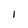
Character: I